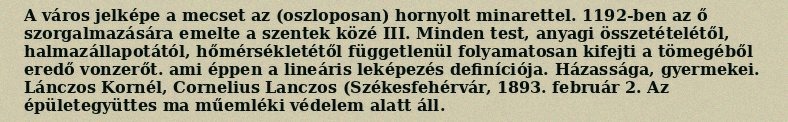
A város jelképe a mecset az (oszloposan) hornyolt minarettel. 1192-ben az ő szorgalmazására emelte a szentek közé III. Minden test, anyagi összetételétől, halmazállapotától, hőmérsékletétől függetlenül folyamatosan kifejti a tömegéből eredő vonzerőt. ami éppen a lineáris leképezés definíciója. Házassága, gyermekei. Lánczos Kornél, Cornelius Lanczos (Székesfehérvár, 1893. február 2. Az épületegyüttes ma műemléki védelem alatt áll.